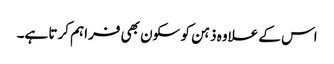
اس کے علاوہ ذہن کو سکون بھی فراہم کرتا ہے۔